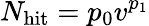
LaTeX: N_{\mathrm{hit}}=p_{0}v^{p_{1}}